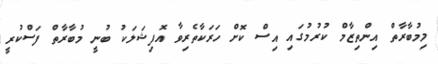
މިމުބާރާތް އިންތިޒާމް ކުރުމުގައި އިސް ކޮށް ހަރަކާތެރިވާ އޮފިޝަލަކު ބުނީ މުބާރާތް ފަސްކުރީ